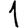
Digit: 1